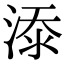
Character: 𣸸